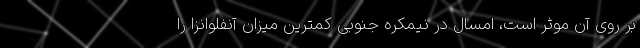
بر روی آن موثر است، امسال در نیمکره جنوبی کمترین میزان آنفلوانزا را